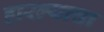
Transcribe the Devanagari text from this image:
हारल्याचा